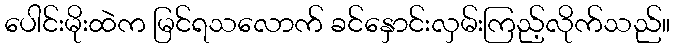
ပေါင်းမိုးထဲက မြင်ရသလောက် ခင်နှောင်းလှမ်းကြည့်လိုက်သည်။